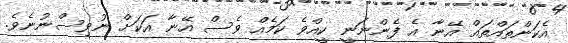
އެކަންތައްތައް އޭނާ އެ ފެންނަނީ ކީއްވެ ކަމެއް ވެސް އޭނާ އަކަށް ނުވިސްނުނެވެ.